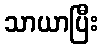
သာယာပြီး